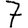
Digit: 7